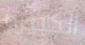
الكبيره